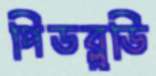
পিডব্লুডি